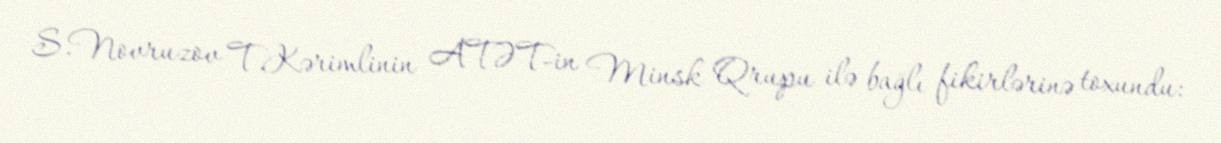
S.Novruzov T.Kərimlinin ATƏT-in Minsk Qrupu ilə bağlı fikirlərinə toxundu: